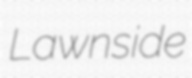
Lawnside